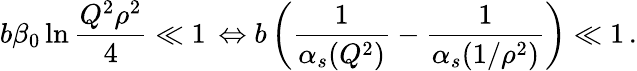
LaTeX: b\beta_{0}\ln\frac{Q^{2}\rho^{2}}{4}\ll 1\, \Leftrightarrow b\left(\frac{1}{\alpha_{s}(Q^{2})}-\frac{1}{\alpha_{s}(1/\rho^{2})}\right)\ll 1\, .